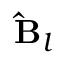
\mathbf { \hat { B } } _ { l }